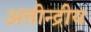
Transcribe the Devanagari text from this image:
अतीन्‍द्रीय